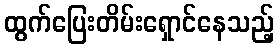
ထွက်ပြေးတိမ်းရှောင်နေသည့်